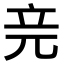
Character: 𥩗